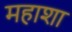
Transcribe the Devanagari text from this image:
महाशा